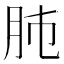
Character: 𦙛